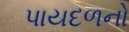
પાયદળનો